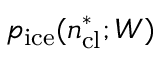
p _ { \mathrm { i c e } } ( n _ { \mathrm { c l } } ^ { \ast } ; W )